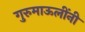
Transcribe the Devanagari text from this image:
गुरुमाऊलींनी